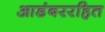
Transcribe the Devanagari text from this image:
आडंबररहित